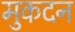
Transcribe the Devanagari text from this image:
मुकदन